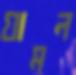
যামল